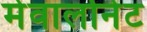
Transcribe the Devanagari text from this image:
मेवालोनेट